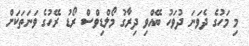
މި މަހުގެ ދެވަނަ ދުވަހު ބޭއްވި ދިރާގު މޯލްޑިވްސް ރޯޑު ރޭހުގެ ވަނަތަކަށް